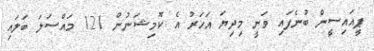
ޕީއައިސީން ބުނެފައި ވަނީ މިދިޔަ އަހަރު އެ ކޮމިޝަނުން 121 މައްސަލަ ބަލައި